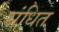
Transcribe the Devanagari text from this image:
संधित